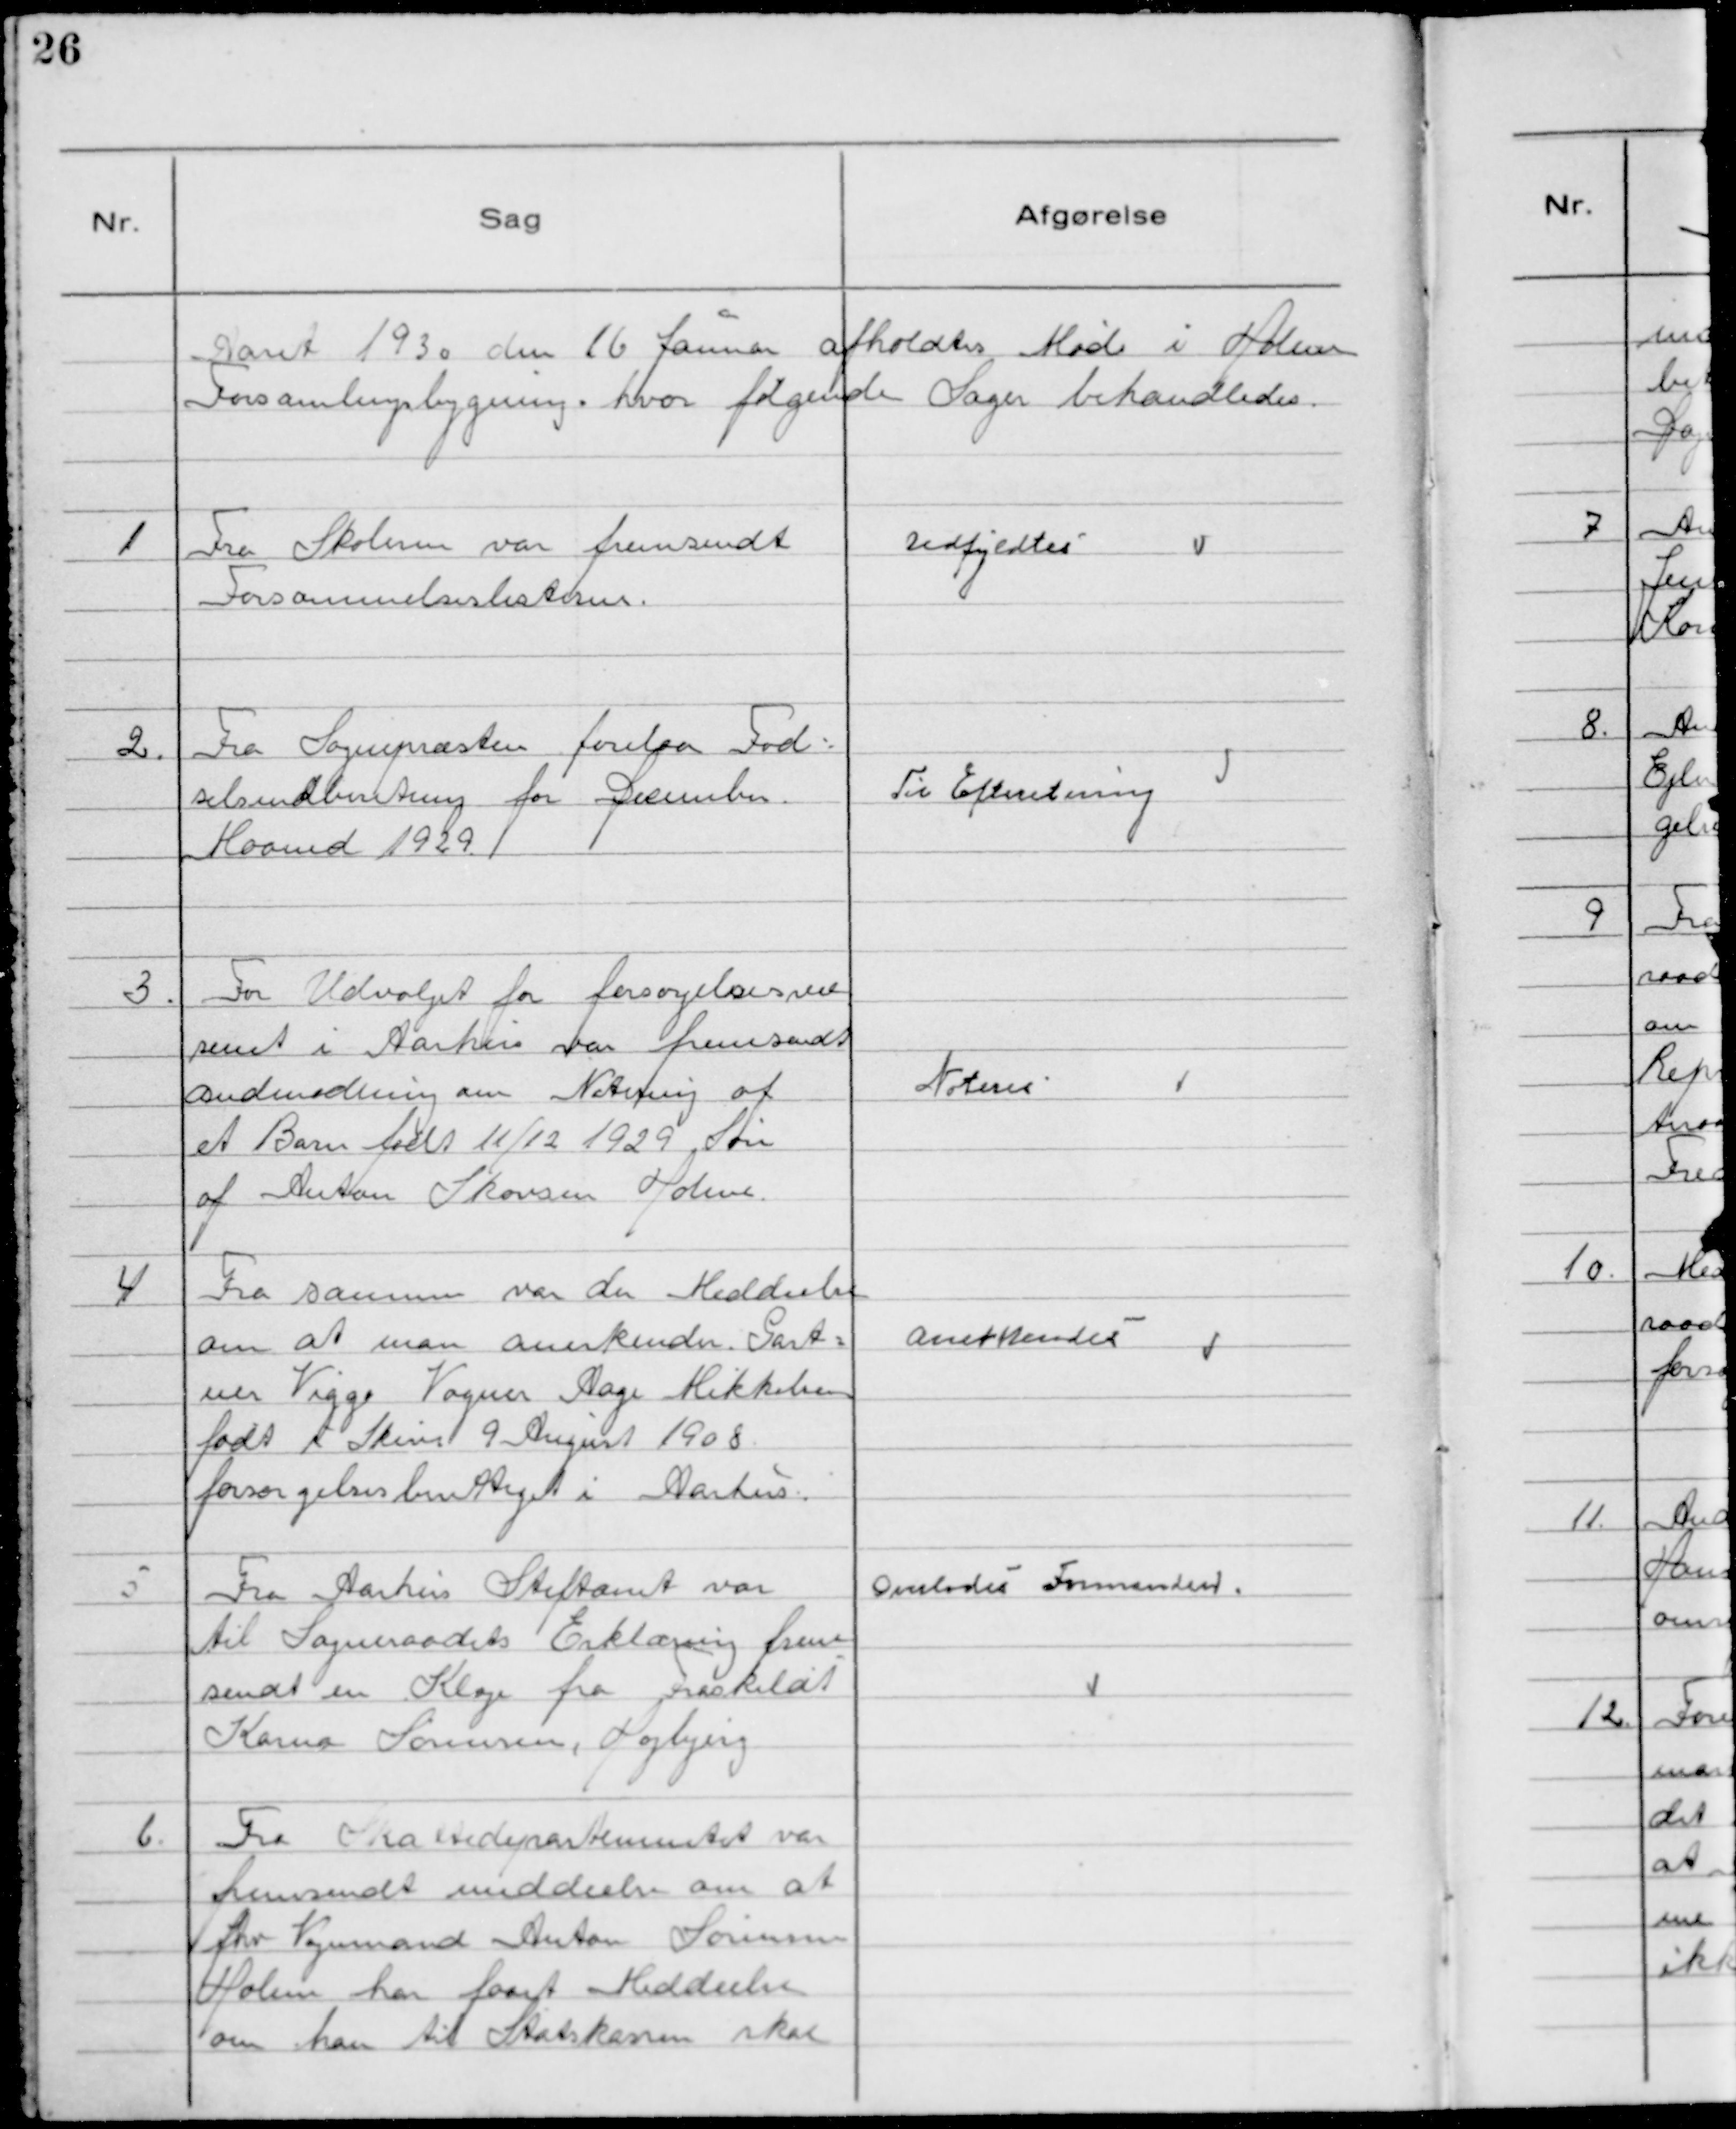
Transskription:
Aaret 1930 den 16 Janŭar afholdtes Møde i Holme
Forsamlingsbygning hvor følgende Sager behandledes.

1 Fra Skolerne var fremsendt
Forsommelseslisterne.

Udfyldteś

2. Fra Sognepræsten forelaa Fod-
selsindberetning for December
Maaned 1929.

Til Efteretning

3. For Udvalget for forsorgelsesvæ
senet i Aarhus var fremsendt
andmodning om Notering af
et Barn født 11/12 1929. Søn
af Anton Skovsen Holme.

Noteres

4 Fra samme var der Meddeelse
om at man anerkender Gart-
ner Viggo Vogner Aage Mikkelsen
fodt i Skive 9 August 1908
forsorgelsesberettiget i Aarhus.

Anerkendeś

5 Fra Aarhus Stiftamt var
til Sogneraadets Erklæring frem
sendt en Klage fra Fraskildt
Karna Sørensen, Hojbjerg

Overlodeś Formanden.

6. Fra Skattedepartementet var
fremsendt meddeelse om at
fhv Vognmand Anton Sørensen
Holme har faaet Meddeelse
om han til Statskassen skal